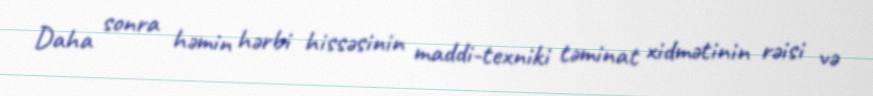
Daha sonra həmin hərbi hissəsinin maddi-texniki təminat xidmətinin rəisi və